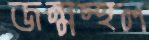
জন্মস্থল